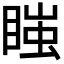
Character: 𭿇